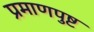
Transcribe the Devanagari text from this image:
प्रमाणपुष्ट